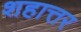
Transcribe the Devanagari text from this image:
शहात्तर